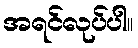
အရင်လုပ်ပါ။